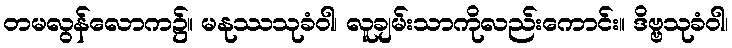
တမလွန်လောက၌။ မနုဿသုခံဝါ၊ လူချမ်းသာကိုလည်းကောင်း။ ဒိဗ္ဗသုခံဝါ၊